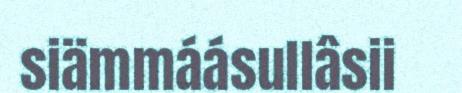
siämmáásullâsii